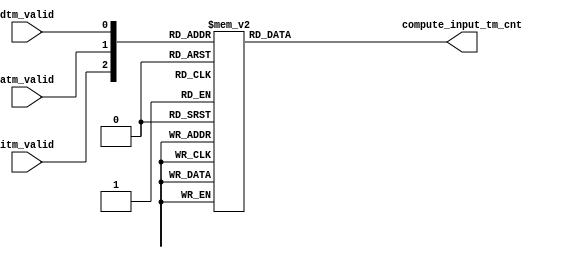
module nios_solo_nios2_gen2_0_cpu_nios2_oci_compute_input_tm_cnt (
                                                                    atm_valid,
                                                                    dtm_valid,
                                                                    itm_valid,
                                                                    compute_input_tm_cnt
                                                                 )
;
  output  [  1: 0] compute_input_tm_cnt;
  input            atm_valid;
  input            dtm_valid;
  input            itm_valid;
  reg     [  1: 0] compute_input_tm_cnt;
  wire    [  2: 0] switch_for_mux;
  assign switch_for_mux = {itm_valid, atm_valid, dtm_valid};
  always @(switch_for_mux)
    begin
      case (switch_for_mux)
          3'b000: begin
              compute_input_tm_cnt = 0;
          end 
          3'b001: begin
              compute_input_tm_cnt = 1;
          end 
          3'b010: begin
              compute_input_tm_cnt = 1;
          end 
          3'b011: begin
              compute_input_tm_cnt = 2;
          end 
          3'b100: begin
              compute_input_tm_cnt = 1;
          end 
          3'b101: begin
              compute_input_tm_cnt = 2;
          end 
          3'b110: begin
              compute_input_tm_cnt = 2;
          end 
          3'b111: begin
              compute_input_tm_cnt = 3;
          end 
      endcase 
    end
endmodule